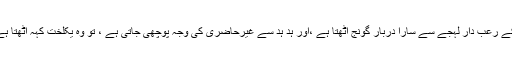
جہاں پنا ہ کے رعب دار لہجے سے سارا دربار گونج اُٹھتا ہے ،اور ہد ہد سے غیرحاضری کی وجہ پوچھی جاتی ہے ، تو وہ یکلخت کہہ اُٹھتا ہے جہاں پناہ!